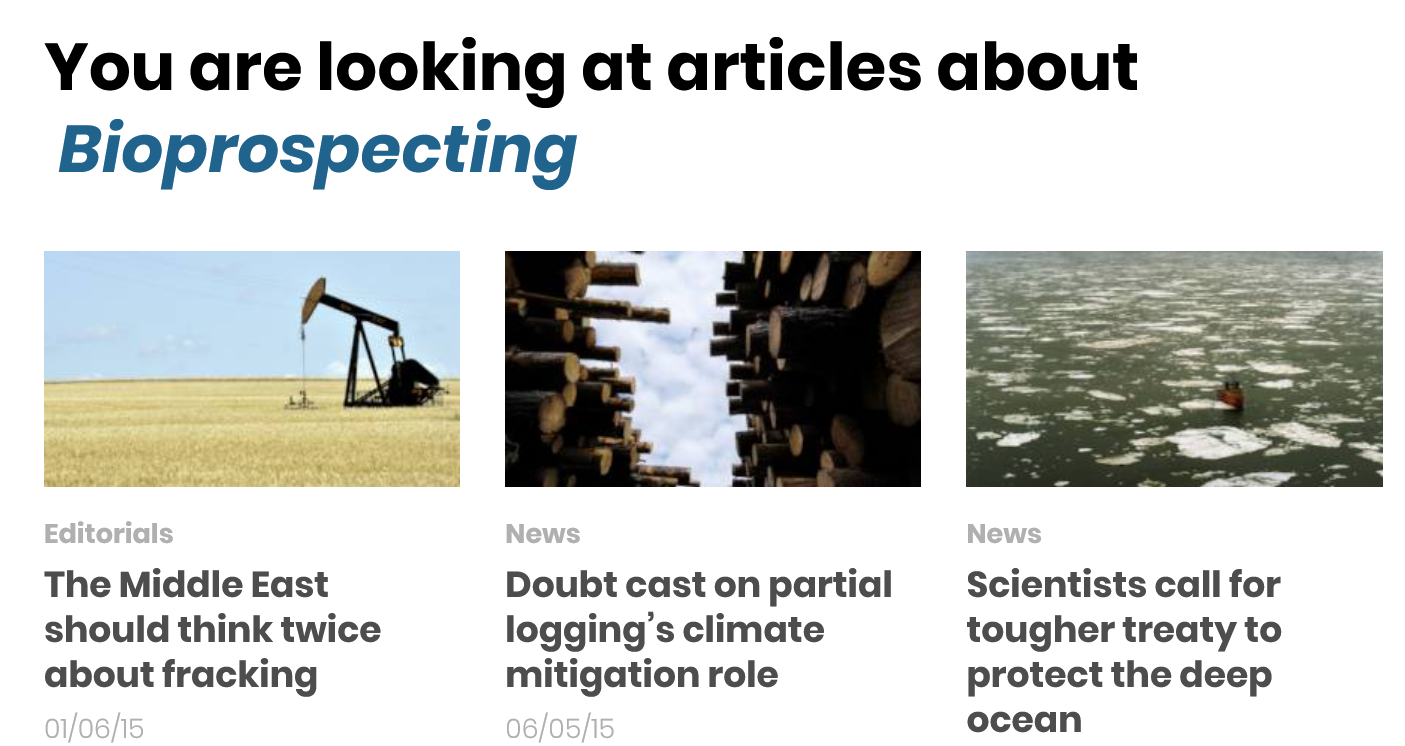
You are looking at articles about
  Bioprospecting
  Editorials News    News
     Scientists call for
     tougher treaty to
     protect the deep
     ocean
     Doubt cast on partial
     logging’s climate
     mitigation role
  The Middle East
  should think twice
  about fracking
  01/06/15   06/05/15